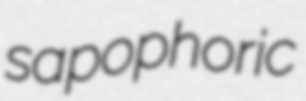
sapophoric